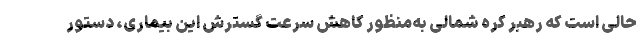
حالی است که رهبر کره شمالی به‌منظور کاهش سرعت گسترش این بیماری، دستور